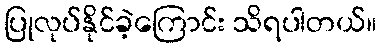
ပြုလုပ်နိုင်ခဲ့ကြောင်း သိရပါတယ်။